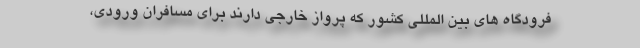
فرودگاه های بین المللی کشور که پرواز خارجی دارند برای مسافران ورودی،